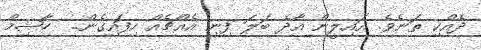
ދެއްކި ތަނެވެ. އައިލީން އާދެ ބަލަ ފިނި އެއްޗެއް ހިފައިގެން..  ހާޝިމް